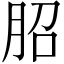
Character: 𦚔